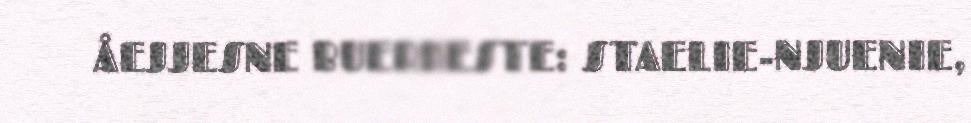
ÅEJJESNE BUERKESTE: STAELIE-NJUENIE,